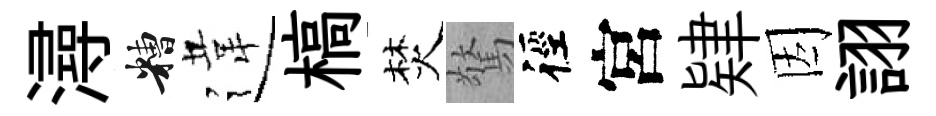
潯糟違槁焚驚徑宮肄因詡